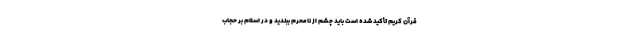
قرآن کریم تأکید شده است باید چشم از نامحرم ببندید و در اسلام بر حجاب